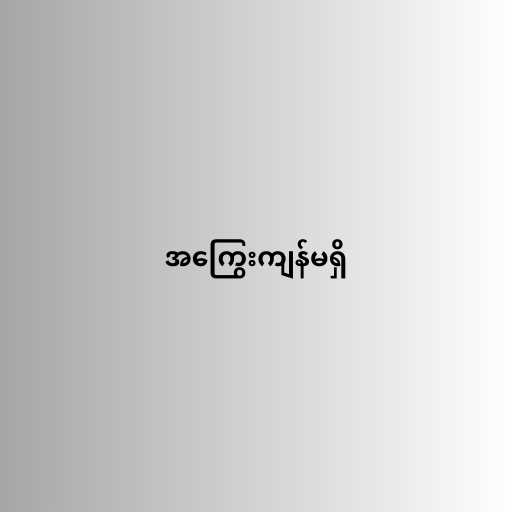
အကြွေးကျန်မရှိ